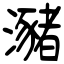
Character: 瀦